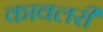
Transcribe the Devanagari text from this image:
कावलरी